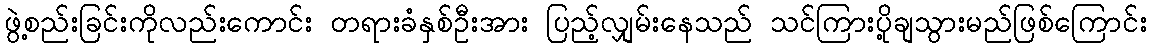
ဖွဲ့စည်းခြင်းကိုလည်းကောင်း တရားခံနှစ်ဦးအား ပြည့်လျှမ်းနေသည် သင်ကြားပို့ချသွားမည်ဖြစ်ကြောင်း